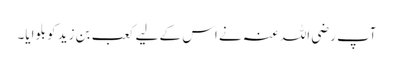
آپ رضی اللہ عنہ نے اس کے لیے کعب بن زید کو بلوایا۔